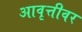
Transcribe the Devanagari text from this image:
आवृत्तीवर